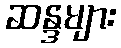
ဆန္ဒများ